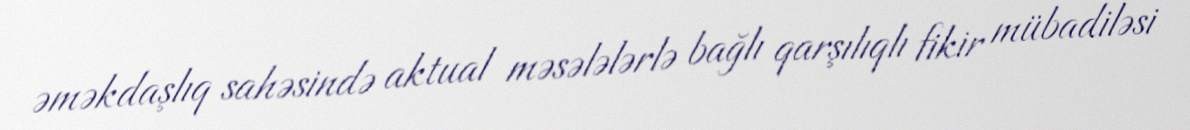
əməkdaşlıq sahəsində aktual məsələlərlə bağlı qarşılıqlı fikir mübadiləsi